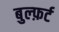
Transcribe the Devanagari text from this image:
बुल्फ़र्ट